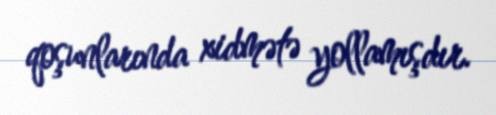
qoşunlarında xidmətə yollamışdır.